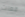
فعلت